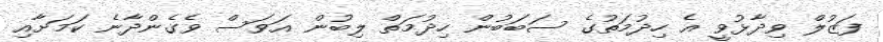
ފަޒުލް ވިދާޅުވީ އެ ހިދުމަތުގެ ސަބަބުން ހިދުމަތް ލިބުން އަވަސް ވެގެންދާނެ ކަމަށާއި